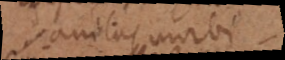
Sanitas, morbi.